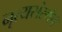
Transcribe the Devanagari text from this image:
नृत्यसंस्थेचे